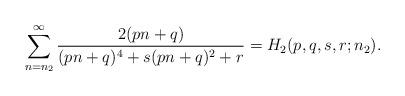
LaTeX: \begin{align*}\sum_{n=n_2}^{\infty}\frac{2(pn+q)}{(pn+q)^4+s(p n+q)^2+r}=H_2(p,q,s,r;n_2).\end{align*}